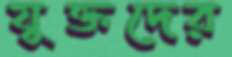
যুক্তদের